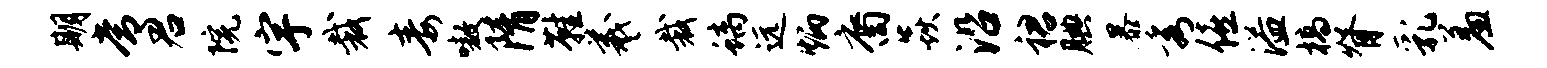
期常君院宇裁毒嗷隋鞋羲裁螭远炳裔焱沿裙腆暴秀僖溢槁脊乳羞